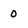
Character: 0